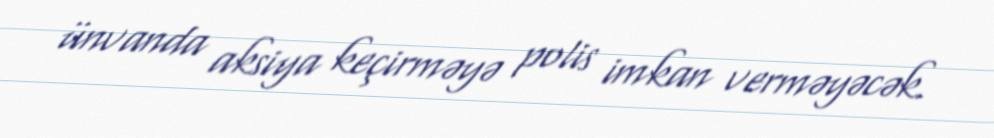
ünvanda aksiya keçirməyə polis imkan verməyəcək.